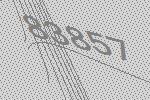
83857